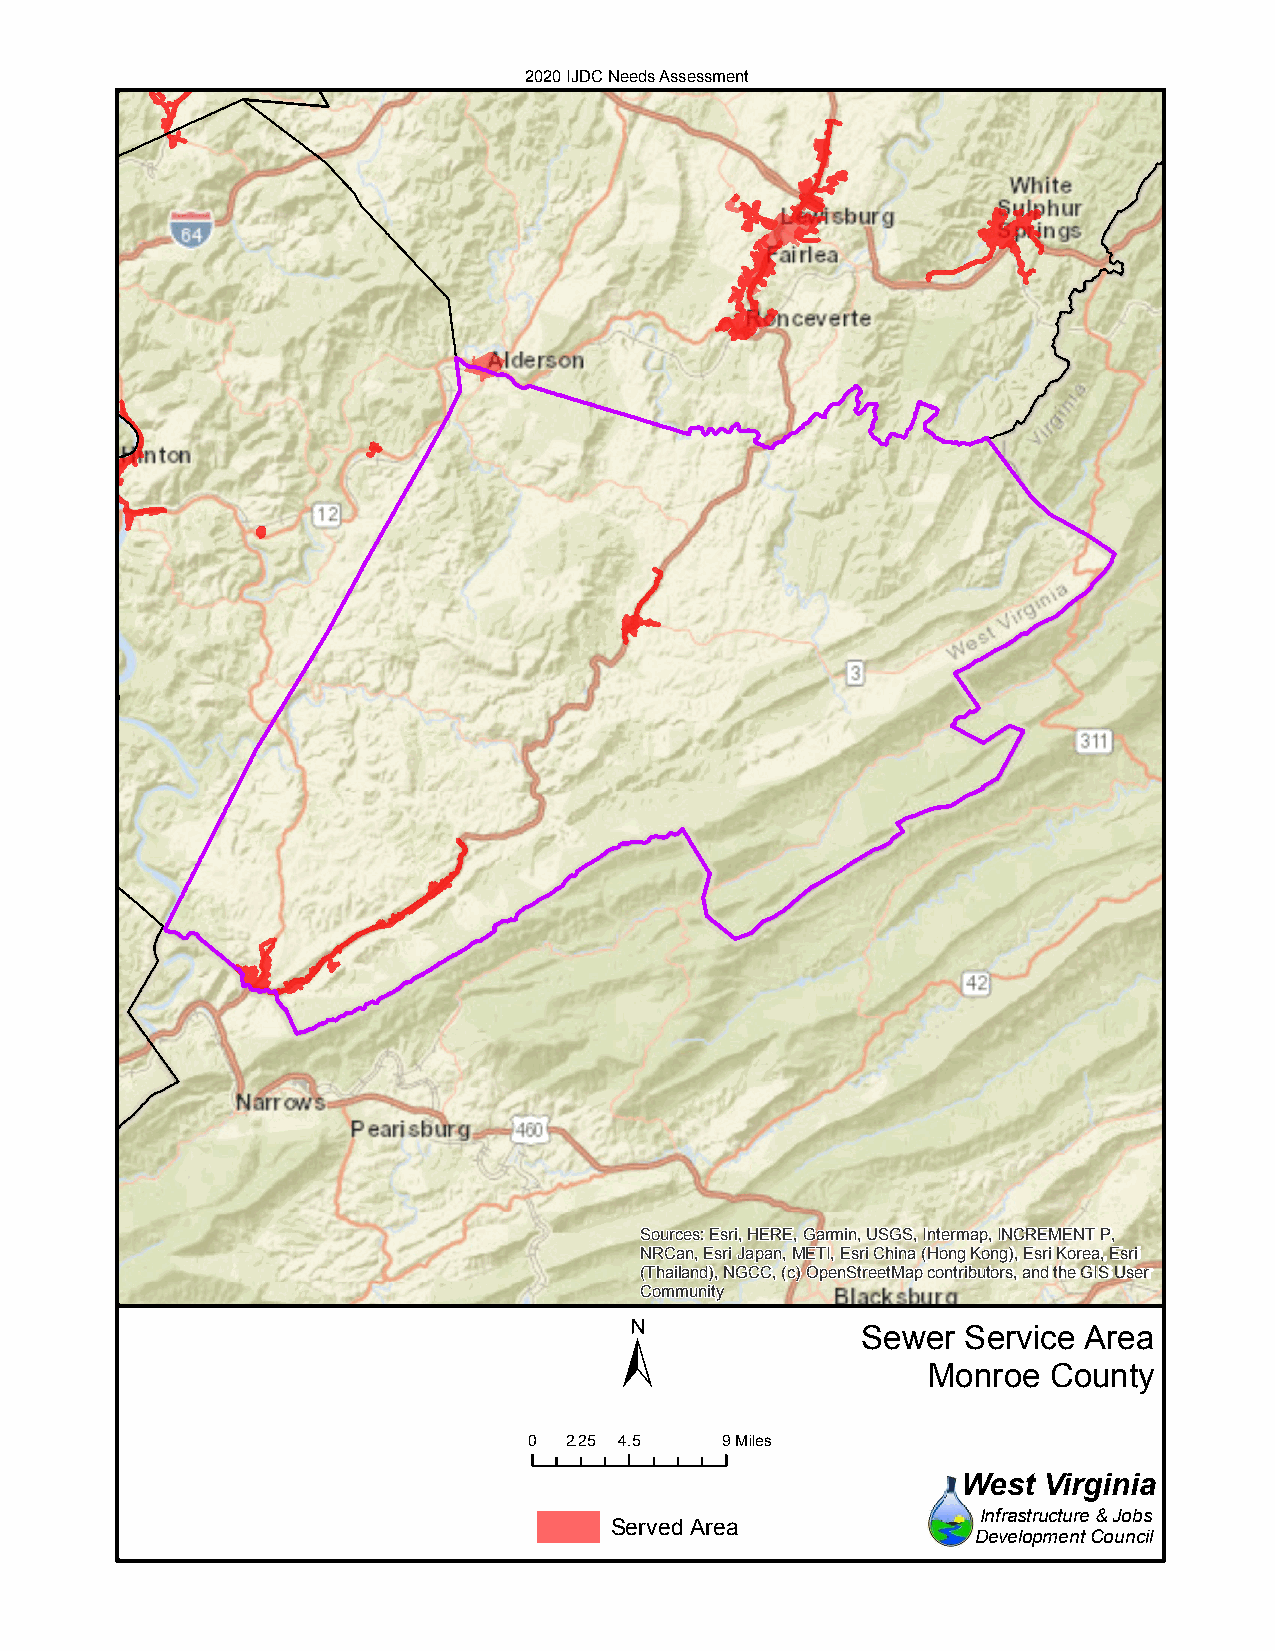
2020 IJDC Needs Assessment
 Sources: Esri, HERE, Garmin, USGS, Intermap, INCREMENT P,
 NRCan, Esri Japan, METI, Esri China (Hong Kong), Esri Korea, Esri
 (Thailand), NGCC, (c) OpenStreetMap contributors, and the GIS User
 Community
 ±
 Sewer  Service Area
 Monroe  County
 0 2.25 4.5   9Miles
 West Virginia
 Infrastructure & Jobs
 Served Area
 Development Council